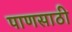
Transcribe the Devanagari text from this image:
पाणसाठी